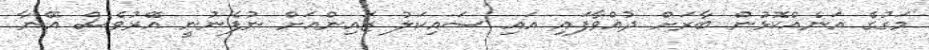
މަގުގެ އަނެއްކޮޅުން ބާރަށް ދުއްވާފައި އައި ސައިކަލު ޒައިންއަށް ނުފެނުނީ އޭރުވެސް އޭނާ